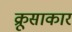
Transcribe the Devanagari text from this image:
क्रूसाकार